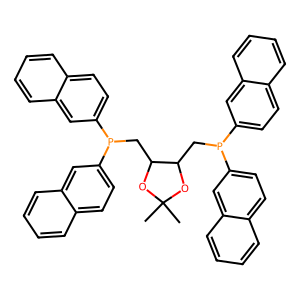
SMILES: CC1(C)OC(CP(c2ccc3ccccc3c2)c2ccc3ccccc3c2)C(CP(c2ccc3ccccc3c2)c2ccc3ccccc3c2)O1
Inhibits HIV replication: No